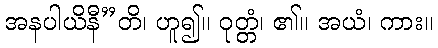
အနပါယိနီ”တိ၊ ဟူ၍။ ဝုတ္တံ၊ ၏။ အယံ၊ ကား။